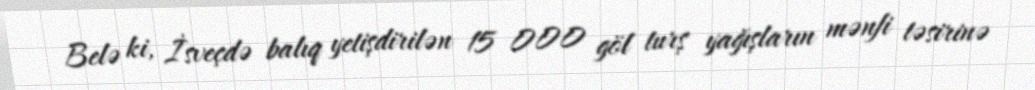
Belə ki, İsveçdə balıq yetişdirilən 15 000 göl turş yağışların mənfi təsirinə